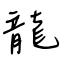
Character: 龍